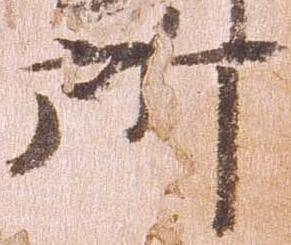
所